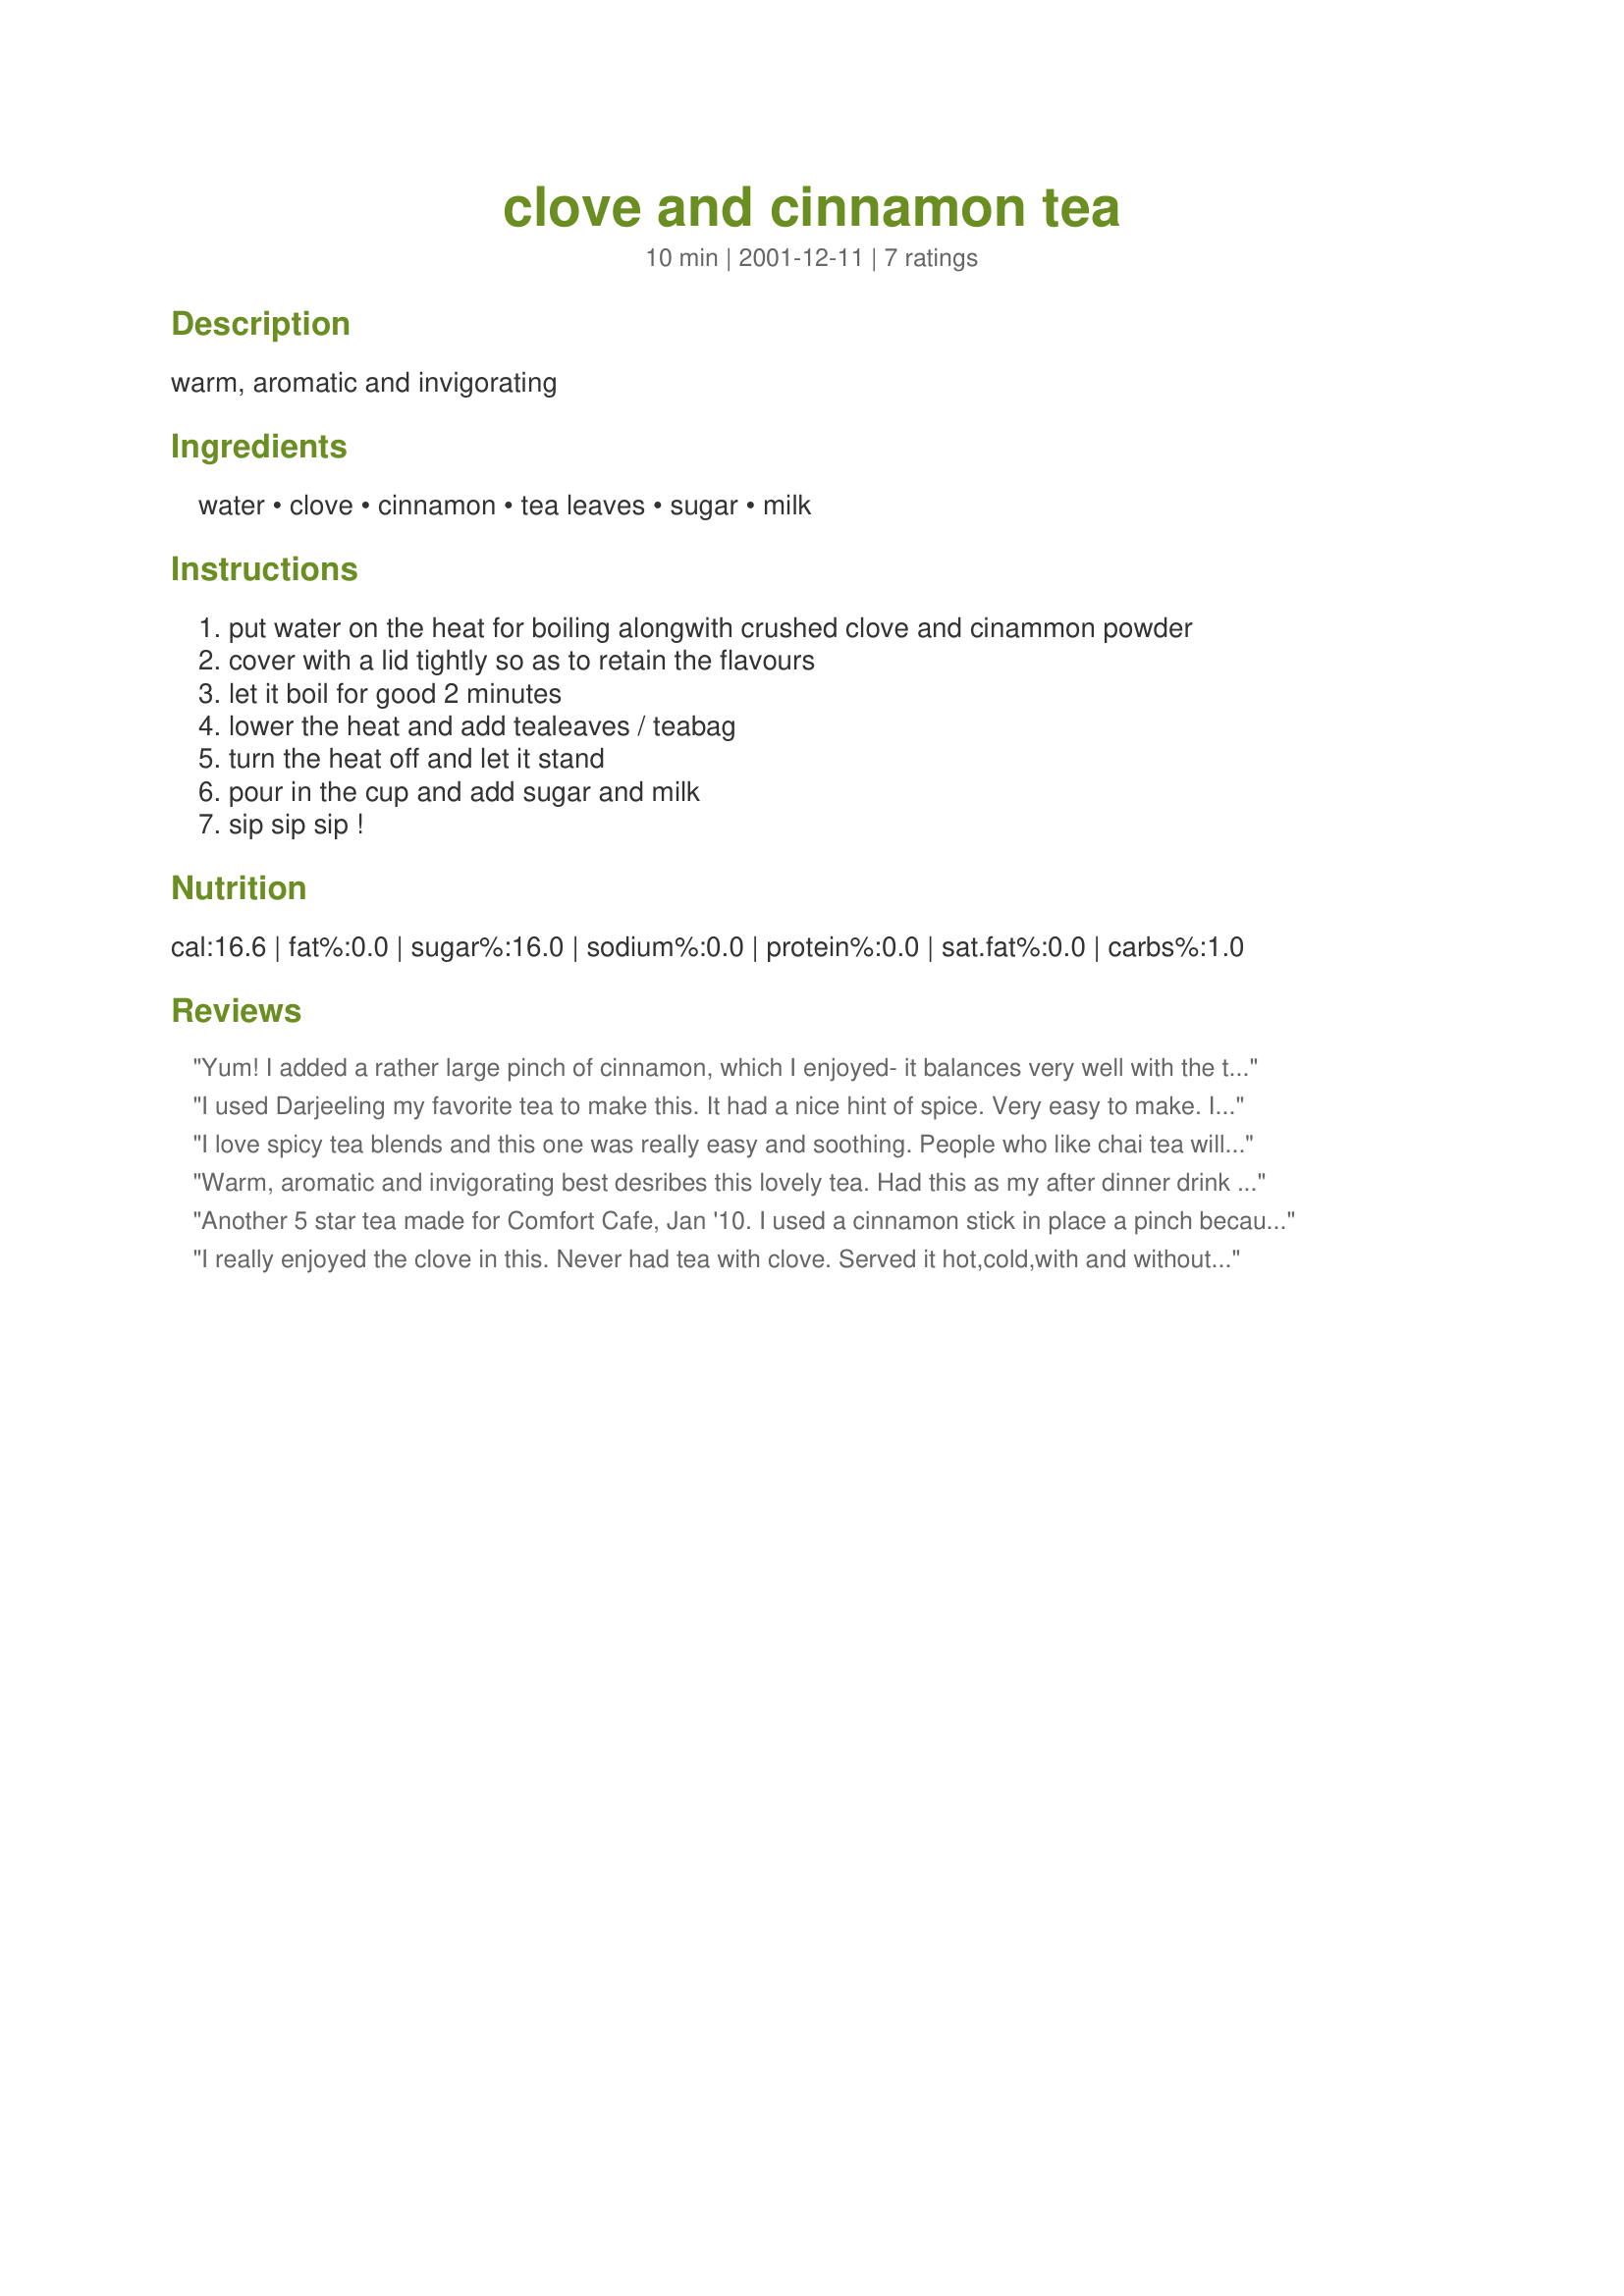
clove and cinnamon tea
Preparation time: 10 minutes

warm, aromatic and invigorating

Ingredients:
water, clove, cinnamon, tea leaves, sugar, milk

Steps:
put water on the heat for boiling alongwith crushed clove and cinammon powder, cover with a lid tightly so as to retain the flavours, let it boil for good 2 minutes, lower the heat and add tealeaves / teabag, turn the heat off and let it stand, pour in the cup and add sugar and milk, sip sip sip !

Reviews:
Yum! I added a rather large pinch of cinnamon, which I enjoyed- it balances very well with the tea and cloves! I did find that I agree with Charishma that this benefits from being judiciously sweetened. I added about 1 1/2 tsp and I normally take my tea with no sugar at all! Very warming and cozy. A very nice cup of tea that would be enjoyed by all! Thanks Mini!
I used Darjeeling my favorite tea to make this. It had a nice hint of spice. Very easy to make. I am adding this to my tea recipe collection. 

Thanks Minir.
I love spicy tea blends and this one was really easy and soothing. People who like chai tea will certainly enjoy this one. Though not as complex as chai, it has that same flavor quality. I used barley malt instead of sugar - which added a bit more flavor beyond just sweetness. Thank!
Warm, aromatic and invigorating best desribes this lovely tea. Had this as my after dinner drink tonight. I added 1 more tsp. of sugar. Thanks, Mini!
Another 5 star tea made for Comfort Cafe, Jan '10. I used a cinnamon stick in place a pinch because a pinch would have never been enough for me. Thanks for posting these delights.
I really enjoyed the clove in this. Never had tea with clove. Served it hot,cold,with and without milk.All Great! I used cinnamon pieces. Thanks for sharing !
